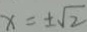
x = \pm \sqrt { 2 }